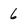
Character: 6